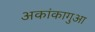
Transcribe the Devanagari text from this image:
अकांकागुआ